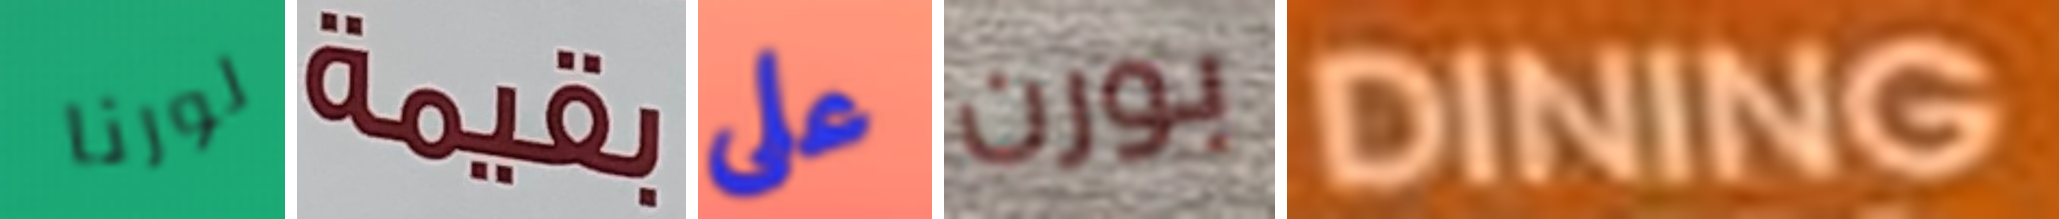
لورنا بقيمة على بورن DINING